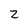
Character: Z